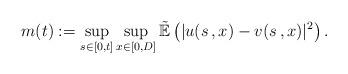
LaTeX: \begin{align*}m(t) := \sup\limits_{s \in [0, t]}\sup\limits_{x \in [0, D]}\tilde{\mathbb E}\left(|u(s\,, x) - v(s\,, x)|^2\right).\end{align*}